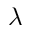
\lambda